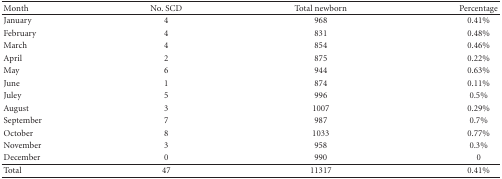
<table><thead><tr><td><b>Month</b></td><td><b>No. SCD</b></td><td><b>Total newborn</b></td><td><b>Percentage</b></td></tr></thead><tbody><tr><td>January</td><td>4</td><td>968</td><td>0.41%</td></tr><tr><td>February</td><td>4</td><td>831</td><td>0.48%</td></tr><tr><td>March</td><td>4</td><td>854</td><td>0.46%</td></tr><tr><td>April</td><td>2</td><td>875</td><td>0.22%</td></tr><tr><td>May</td><td>6</td><td>944</td><td>0.63%</td></tr><tr><td>June</td><td>1</td><td>874</td><td>0.11%</td></tr><tr><td>Juley</td><td>5</td><td>996</td><td>0.5%</td></tr><tr><td>August</td><td>3</td><td>1007</td><td>0.29%</td></tr><tr><td>September</td><td>7</td><td>987</td><td>0.7%</td></tr><tr><td>October</td><td>8</td><td>1033</td><td>0.77%</td></tr><tr><td>November</td><td>3</td><td>958</td><td>0.3%</td></tr><tr><td>December</td><td>0</td><td>990</td><td>0</td></tr><tr><td>Total</td><td>47</td><td>11317</td><td>0.41%</td></tr></tbody></table>